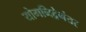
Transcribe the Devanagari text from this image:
योगनिद्रेनंतर